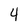
Character: 4